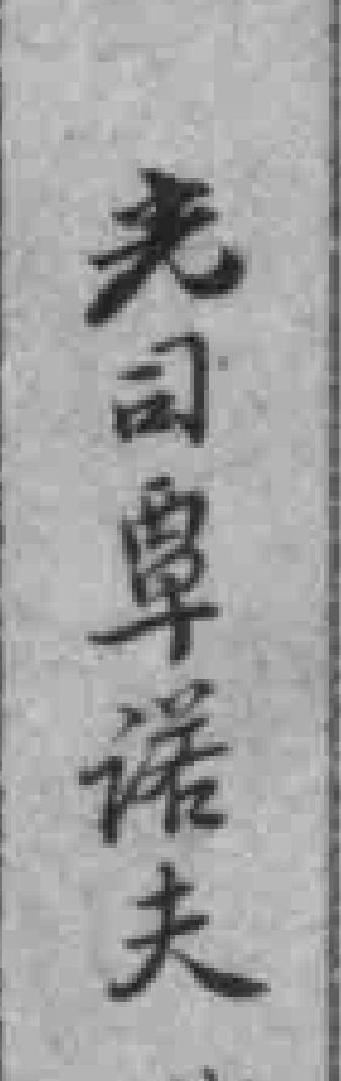
光司覃诺夫